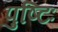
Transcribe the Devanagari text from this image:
पुष्टिः